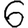
Digit: 6